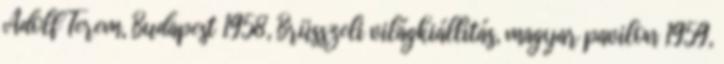
Adolf Terem, Budapest 1958, Brüsszeli világkiállítás, magyar pavilon 1959,